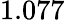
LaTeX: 1.077